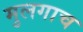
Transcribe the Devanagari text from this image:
मुलगाच